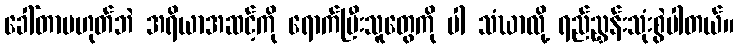
ခေါ်တာမဟုတ်ဘဲ အရိယာအဆင့်ကို ရောက်ပြီးသူတွေကို ပါ သံဃာလို့ ရည်ညွှန်းသုံးစွဲပါတယ်။